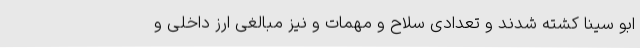
ابو سینا کشته شدند و تعدادی سلاح و مهمات و نیز مبالغی ارز داخلی و